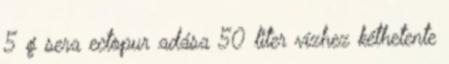
5 g sera ectopur adása 50 liter vízhez kéthetente